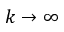
k \to \infty